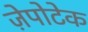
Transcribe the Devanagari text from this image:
ज़ेपोटेक